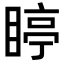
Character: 䁎